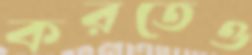
করতেও